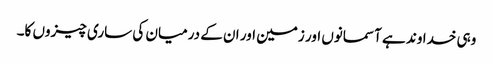
وہی خداوند ہے آسمانوں اور زمین اور ان کے درمیان کی ساری چیزوں کا۔